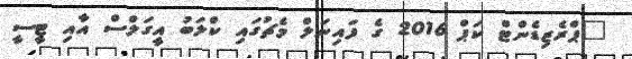
"ޕްރެޒިޑެންޓް ކަޕް 2016 ގެ ފައިނަލް މެޗުގައި ކްލަބު އީގަލްސް އާއި ޓީސީ